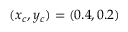
( x _ { c } , y _ { c } ) = ( 0 . 4 , 0 . 2 )